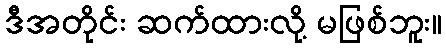
ဒီအတိုင်း ဆက်ထားလို့ မဖြစ်ဘူး။